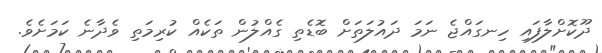
ދޫކޮށްލާފައި ހިނގައްޖެ ނަމަ ދައުލަތަށް ބޮޑެތި ގެއްލުން ތަކެއް ކުރިމަތި ވެދާނެ ކަމަށެވެ.